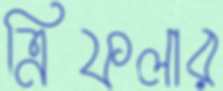
ত্রিফলার